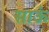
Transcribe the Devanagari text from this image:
साऊं